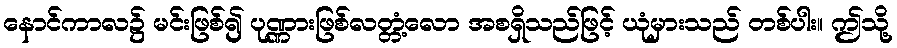
နောင်ကာလ၌ မင်းဖြစ်၍ ပုဏ္ဏားဖြစ်လတ္တံ့လော အစရှိသည်ဖြင့် ယုံမှားသည် တစ်ပါး။ ဤသို့